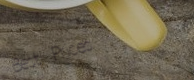
Best Prices